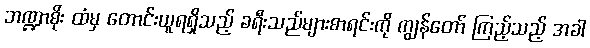
ဘဏ္ဍာစိုး ထံမှ တောင်းယူရရှိသည့် ခရီးသည်များစာရင်းကို ကျွန်တော် ကြည့်သည့် အခါ